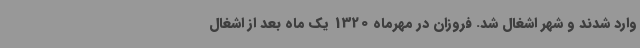
وارد شدند و شهر اشغال شد. فروزان در مهرماه 1320 یک ‌ماه بعد از اشغال